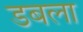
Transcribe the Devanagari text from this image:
डबला